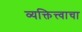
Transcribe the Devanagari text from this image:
व्यक्तित्त्वाचा